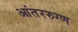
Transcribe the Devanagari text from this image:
आंतररुग्ण